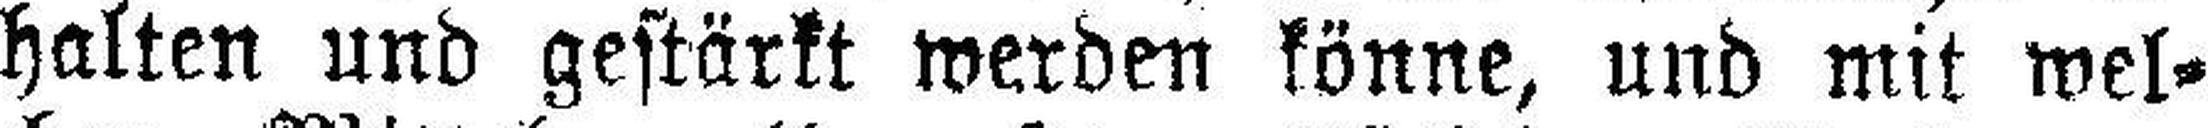
halten und gestärkt werden könne, und mit wel¬